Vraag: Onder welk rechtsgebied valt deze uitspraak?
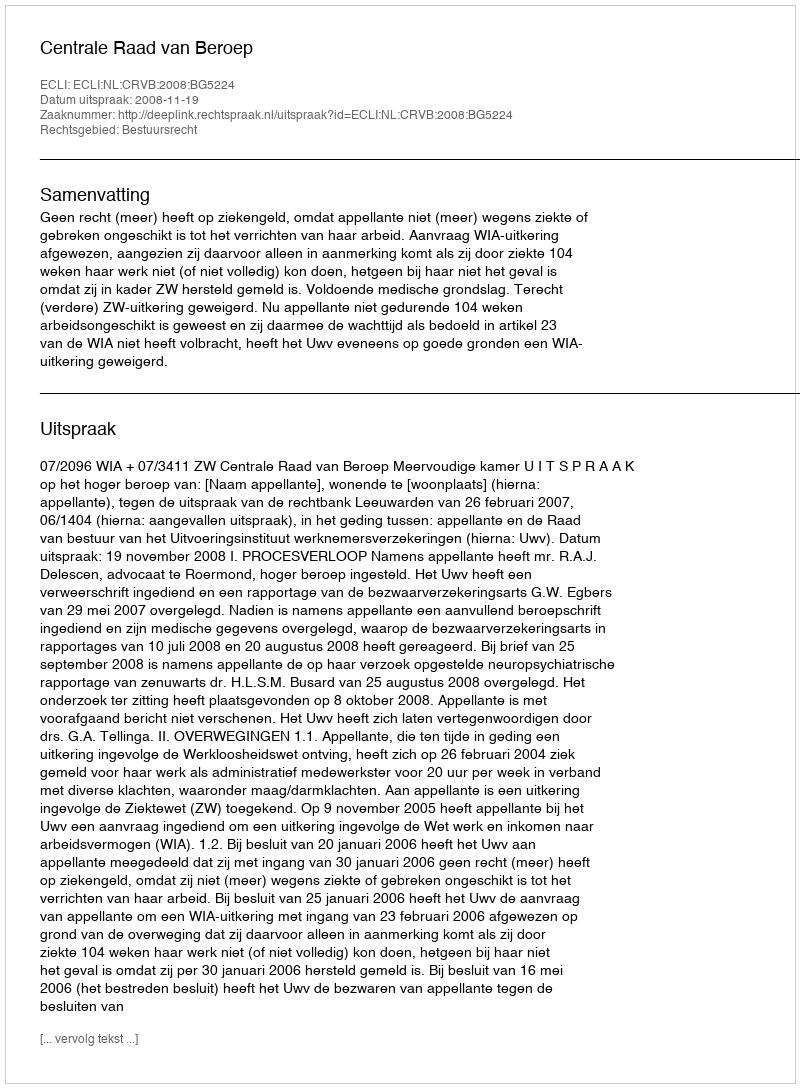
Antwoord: Bestuursrecht